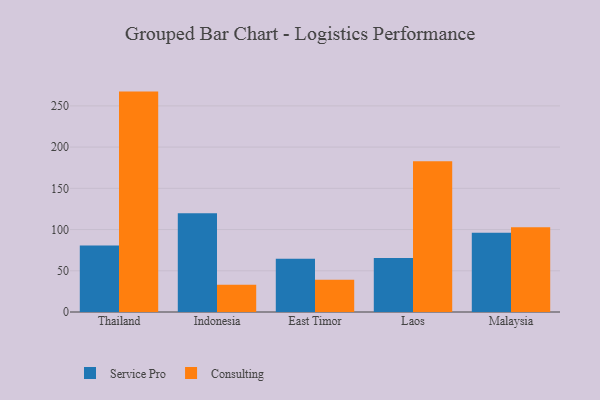
{"axis": {"x": "Country", "y": "Satisfaction Score"}, "legend": ["Consulting", "Service Pro"], "data": [{"x": "Thailand", "y": 80.8, "type": "Service Pro"}, {"x": "Thailand", "y": 267.3, "type": "Consulting"}, {"x": "Indonesia", "y": 119.8, "type": "Service Pro"}, {"x": "Indonesia", "y": 33.0, "type": "Consulting"}, {"x": "East Timor", "y": 64.5, "type": "Service Pro"}, {"x": "East Timor", "y": 39.2, "type": "Consulting"}, {"x": "Laos", "y": 65.4, "type": "Service Pro"}, {"x": "Laos", "y": 182.8, "type": "Consulting"}, {"x": "Malaysia", "y": 96.1, "type": "Service Pro"}, {"x": "Malaysia", "y": 102.7, "type": "Consulting"}]}